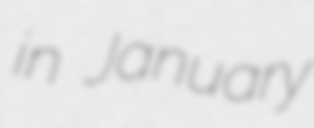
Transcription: in January